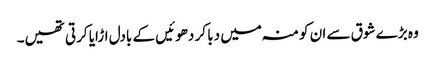
وہ بڑے شوق سے ان کو منہ میں دبا کر دھوئیں کے بادل اڑایا کرتی تھیں۔